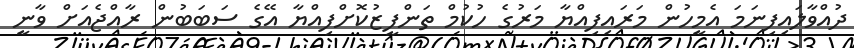
ދުއްވާލައިފިނަމަ އެމީހުން މަރައިފިއްޔާ މަރުގެ ހުކުމް ތަންފީޒުކޮށްފިއްޔާ އޭގެ ސަބަބުން ރާއްޖެއަށް ވާނީ